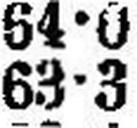
63•3